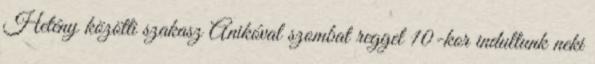
Hetény közötti szakasz Anikóval szombat reggel 10-kor indultunk neki